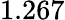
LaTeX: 1.267